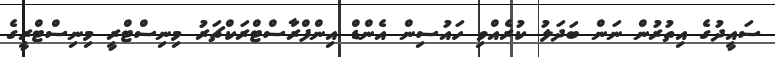
ސައީދުގެ އިތުރުން ނަން ބަދަލު ކުރެއްވި ހައުސިން އެންޑް އިންފްރާސްޓްރަކްޗަރު މިނިސްޓްރީ މިނިސްޓްރީގެ